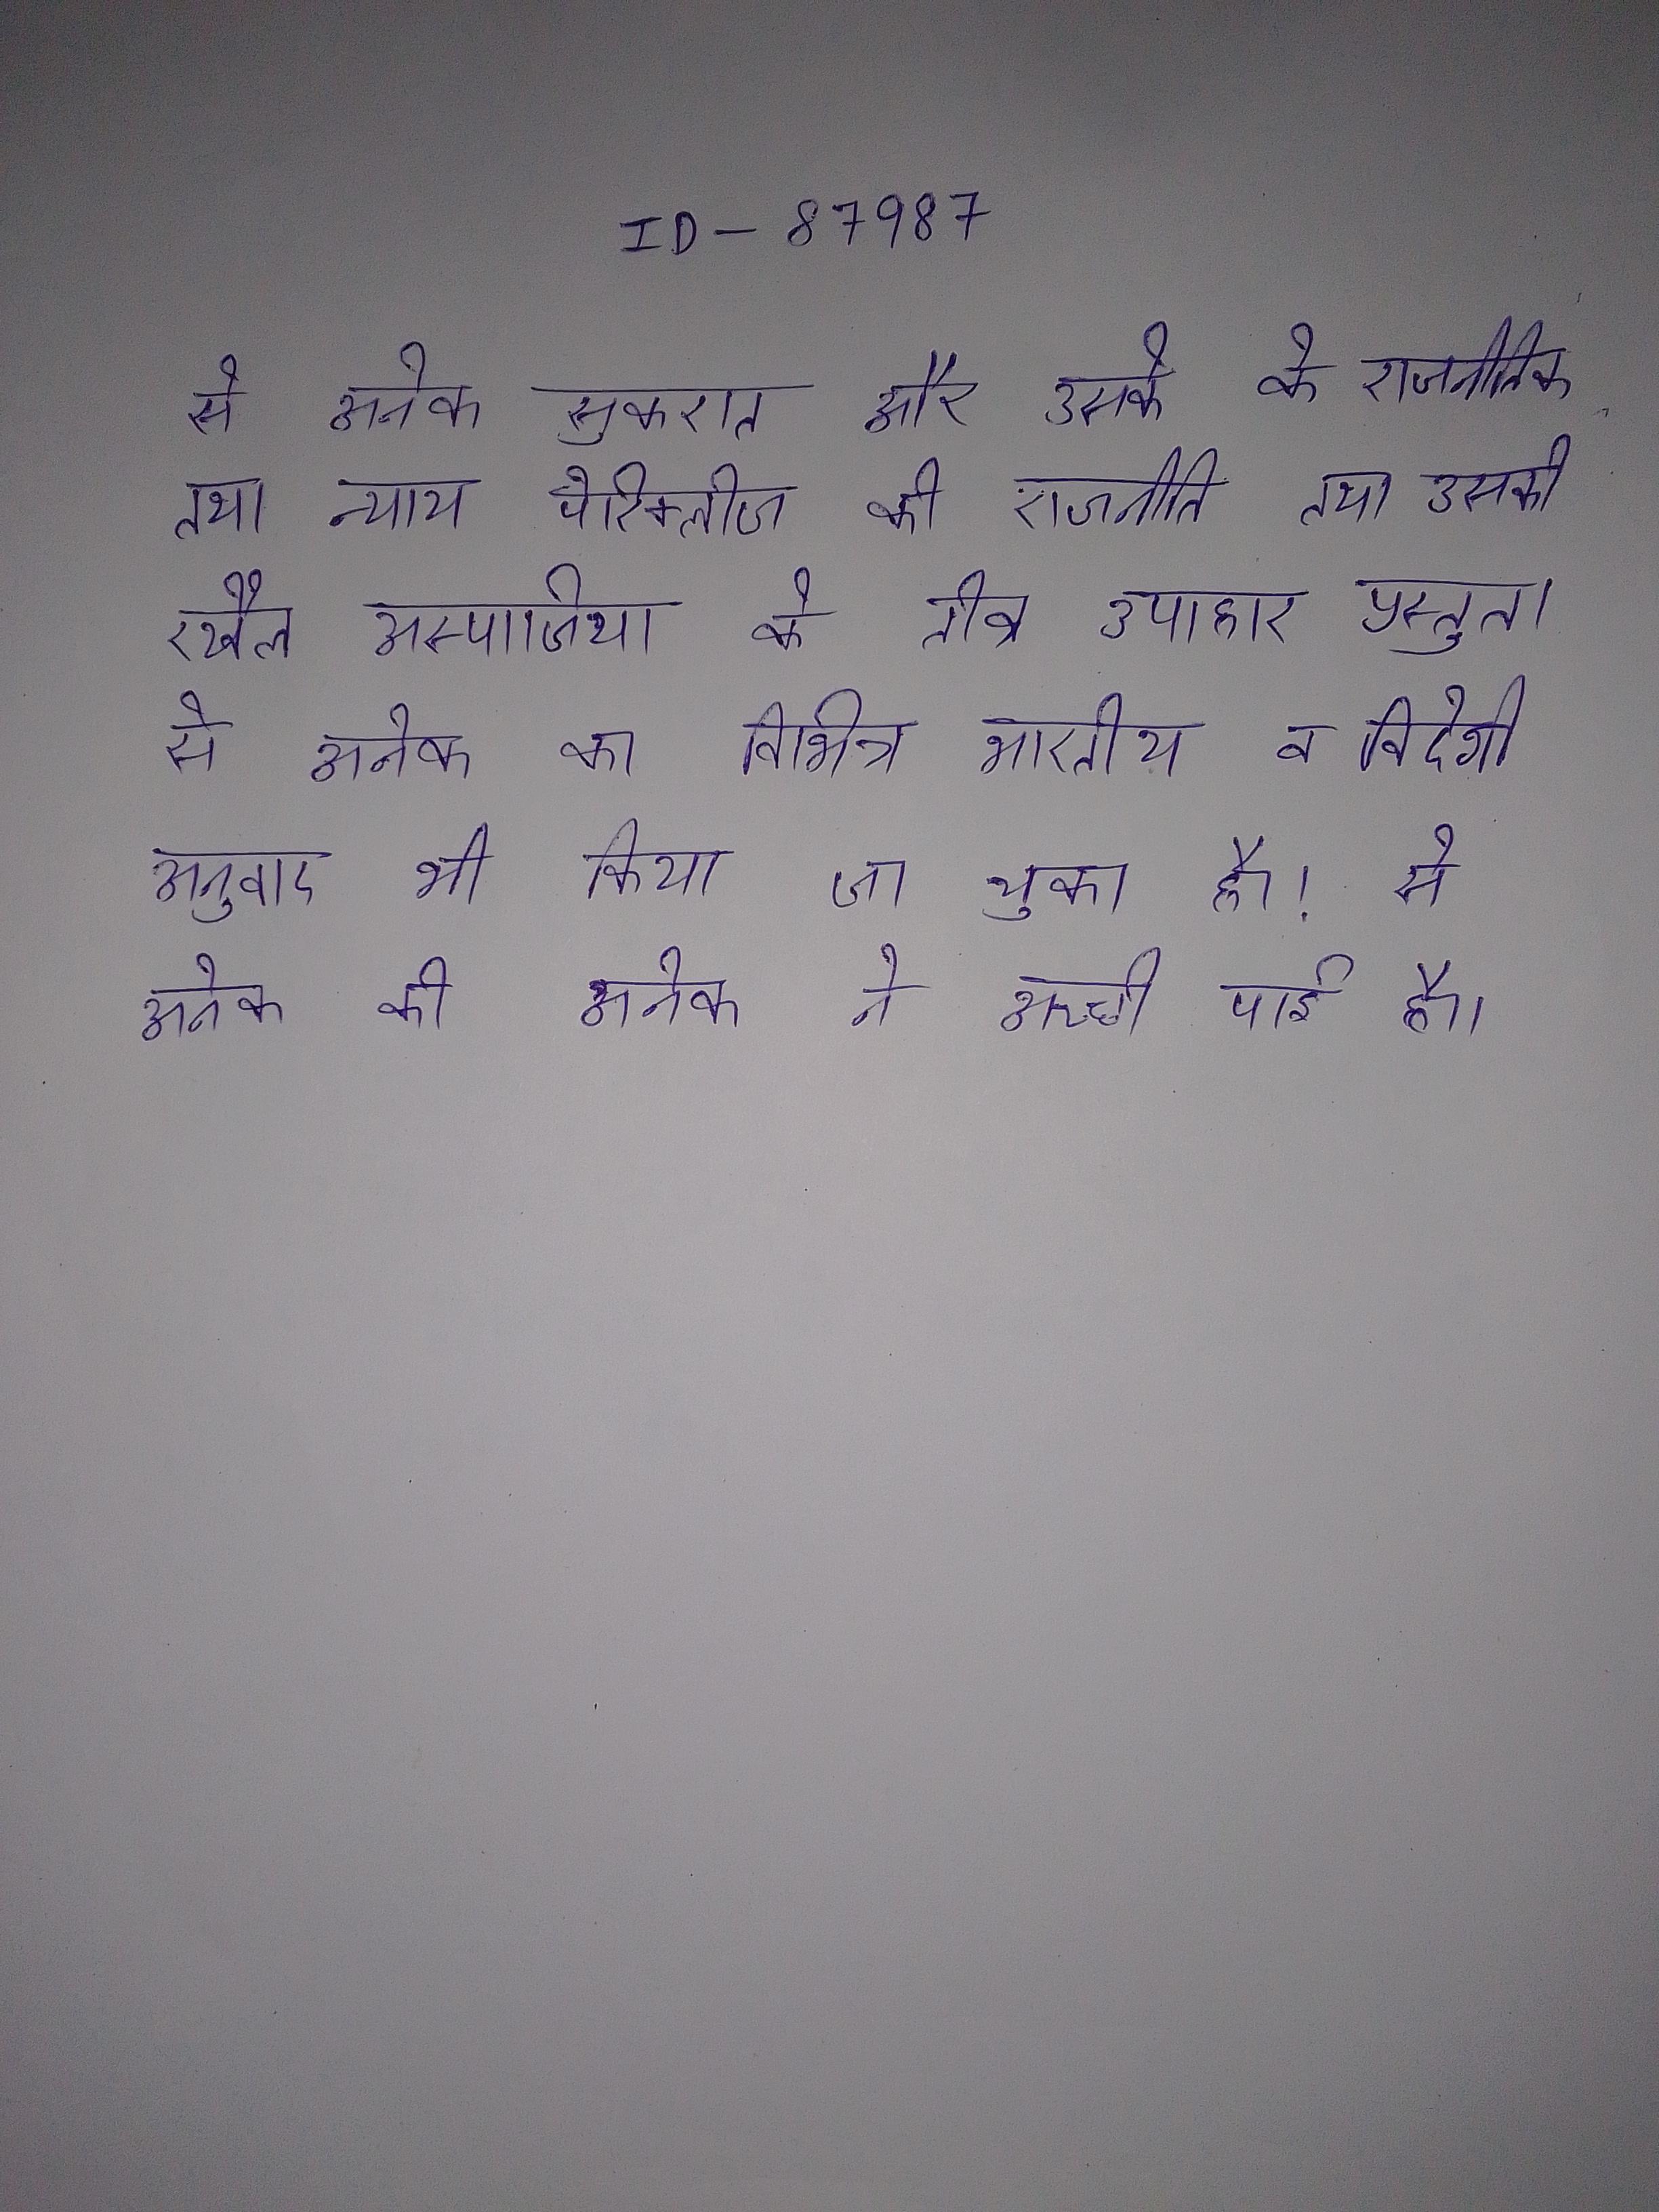
से अनेक सुकरात और उसके के राजनीतिक तथा न्याय पेरिक्लीज की राजनीति तथा उसकी रखैल अस्पाजिया के तीव्र उपाहास प्रस्तुत । से अनेक का विभिन्न भारतीय व विदेशी अनुवाद भी किया जा चुका है । से अनेक की अनेक ने अच्छी पाई है ।